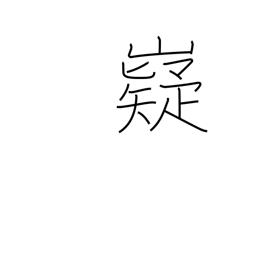
Meaning: wise